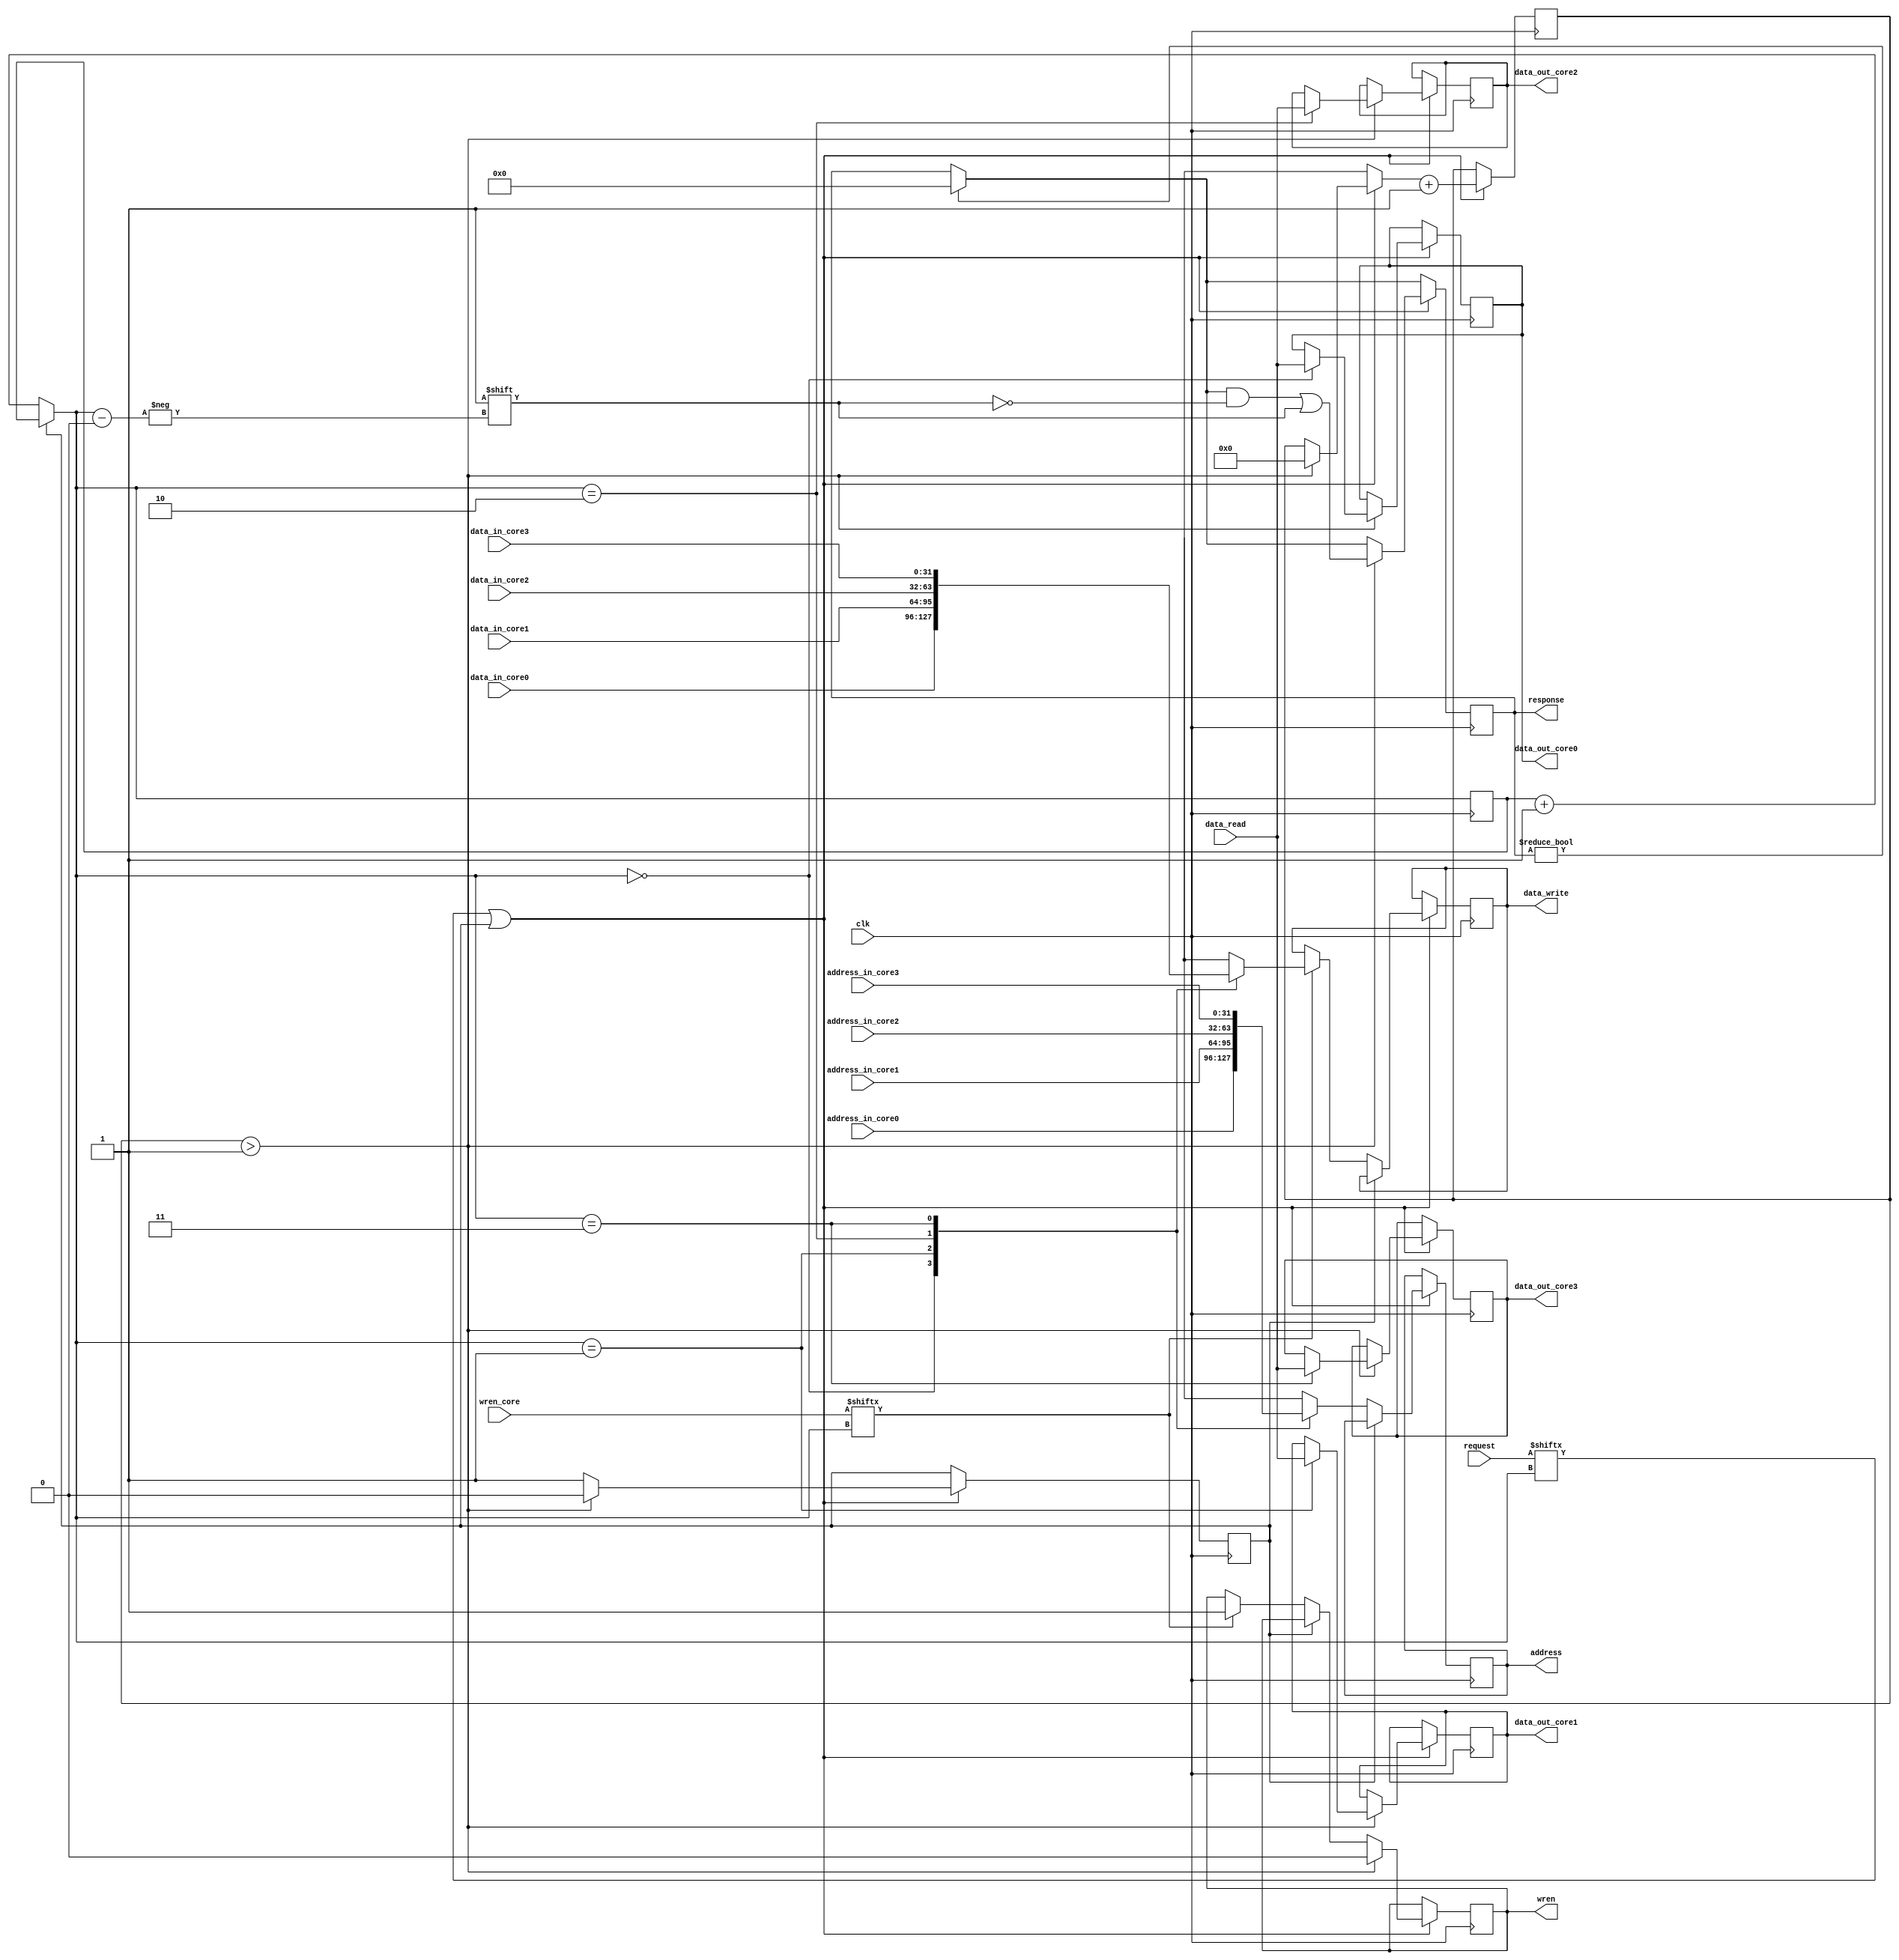
module arbiter #(
 parameter
 WIDTH=32,
 CORE_NUM=4
)(

input [WIDTH-1: 0] 			data_in_core0,
input [WIDTH-1: 0] 			data_in_core1,
input [WIDTH-1: 0] 			data_in_core2,
input [WIDTH-1: 0] 			data_in_core3,

output reg [WIDTH-1: 0] 	data_out_core0 = 0,
output reg [WIDTH-1: 0] 	data_out_core1 = 0,
output reg [WIDTH-1: 0] 	data_out_core2 = 0,
output reg [WIDTH-1: 0] 	data_out_core3 = 0,

input [WIDTH-1: 0] 			address_in_core0,
input [WIDTH-1: 0] 			address_in_core1,
input [WIDTH-1: 0] 			address_in_core2,
input [WIDTH-1: 0] 			address_in_core3,

output reg [WIDTH-1: 0] 	data_write = 0,
input [WIDTH-1: 0] 			data_read,
output reg [WIDTH-1: 0] 	address = 0,

input [CORE_NUM-1: 0]	 	request,
output reg [CORE_NUM-1: 0] response = 0,

input [CORE_NUM-1: 0] 		wren_core,
output reg 						wren = 0,

input 							clk
);

// remember current reading core,
// state that we are waiting for read memory,
// how much cycles we are waiting
reg [1: 0] current_state = 2'b11;
reg wait_memory = 0;
reg [WIDTH-1: 0] time_spent = 0;


always @(posedge clk) begin

	// watch on a=next core
	if (!wait_memory) begin
		current_state = current_state + 1'b1;
	end
	
	if (response) begin
		// reset outputs
		response <= 0;
	end
	
	// if request was received from current core
	if (request[current_state] || wait_memory) begin
	
		if (!wait_memory) begin
	
			// lock moving to the next core
			wait_memory <= 1;

			// put address wanted by core to address bus of RAM
			case (current_state)
				2'b00: address <= address_in_core0;
				2'b01: address <= address_in_core1;
				2'b10: address <= address_in_core2;
				2'b11: address <= address_in_core3;
			endcase
			
			// if we are writing
			if (wren_core[current_state]) begin
			
				case (current_state)
					2'b00: data_write <= data_in_core0;
					2'b01: data_write <= data_in_core1;
					2'b10: data_write <= data_in_core2;
					2'b11: data_write <= data_in_core3;
				endcase
				wren <= 1;
			
			end
			
		end
		
		// if we have updated data or if time limit was reached
		if (time_spent > 1) begin
		
			// give core data
			case (current_state)
				2'b00: data_out_core0 <= data_read;
				2'b01: data_out_core1 <= data_read;
				2'b10: data_out_core2 <= data_read;
				2'b11: data_out_core3 <= data_read;
			endcase
			response [current_state] <= 1'b1;
			
			// release lock and move on
			time_spent = 0;
			wait_memory <= 0;
			wren <= 0;

		end
		
		// update time spent
		time_spent = time_spent + 1;
		
	end
	
end


endmodule